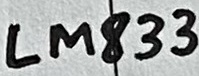
Text: LM833